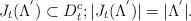
LaTeX: \begin{align*}J_t(\Lambda^{'})\subset D_{t}^{c} ; |J_t(\Lambda^{'})| = |\Lambda^{'}|.\end{align*}